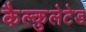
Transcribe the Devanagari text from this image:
कैल्कुलेटेड